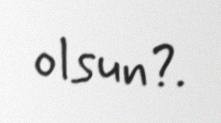
olsun?.